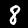
Digit: 8